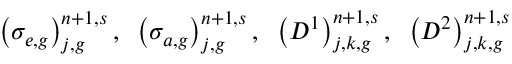
\left( \sigma _ { e , g } \right) _ { j , g } ^ { n + 1 , s } , \; \; \left( \sigma _ { a , g } \right) _ { j , g } ^ { n + 1 , s } , \; \; \left( D ^ { 1 } \right) _ { j , k , g } ^ { n + 1 , s } , \; \; \left( D ^ { 2 } \right) _ { j , k , g } ^ { n + 1 , s }